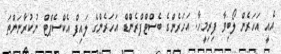
އެއީ އަހަރެން ލޯބިވާ ފިރިމީހާ. އަހަރެންގެ ބެސްޓްފްރެންޑް އަހަރެންގެ ލައިފް އެކްސެޕްޓް ނުކުރާނަންތަ